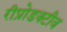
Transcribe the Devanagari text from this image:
रीप्रोडक्टीव